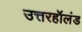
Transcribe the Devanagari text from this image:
उत्तरहॉलंड